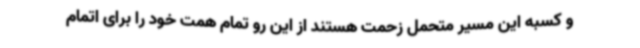
و کسبه این مسیر متحمل زحمت هستند از این رو تمام همت خود را برای اتمام